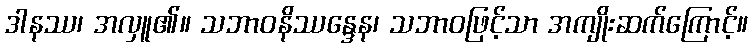
ဒါနဿ၊ အလှူ၏။ သဘာဝနိဿန္ဒေန၊ သဘာဝဖြင့်သာ အကျိုးဆက်ကြောင့်။